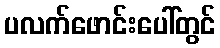
ပလက်ဖောင်းပေါ်တွင်